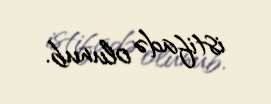
istifadə olunub.